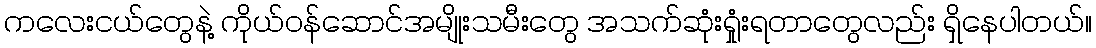
ကလေးငယ်တွေနဲ့ ကိုယ်ဝန်ဆောင်အမျိုးသမီးတွေ အသက်ဆုံးရှုံးရတာတွေလည်း ရှိနေပါတယ်။